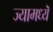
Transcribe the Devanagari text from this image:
ज्यामध्यॆ